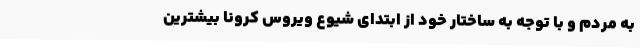
به مردم و با توجه به ساختار خود از ابتدای شیوع ویروس کرونا بیشترین